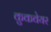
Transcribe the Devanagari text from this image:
कुकवेयर